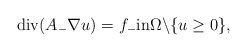
\begin{align*}\mbox{div}( A_- \nabla u) = f_{-} \mbox{in} \Omega \backslash \{u \ge 0\},\end{align*}